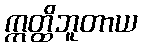
ဣတ္ထိဘူတာယ